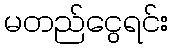
မတည်ငွေရင်း